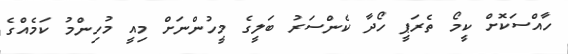
ހާއްސަކޮށް ކީމޯ ތެރަޕީ ހޯދާ ކެންސަރު ބަލީގެ މީހުންނަށް މިއީ މުހިންމު ކަމެއްގެ